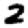
Digit: 2